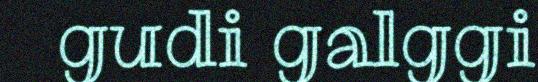
gudi galggi